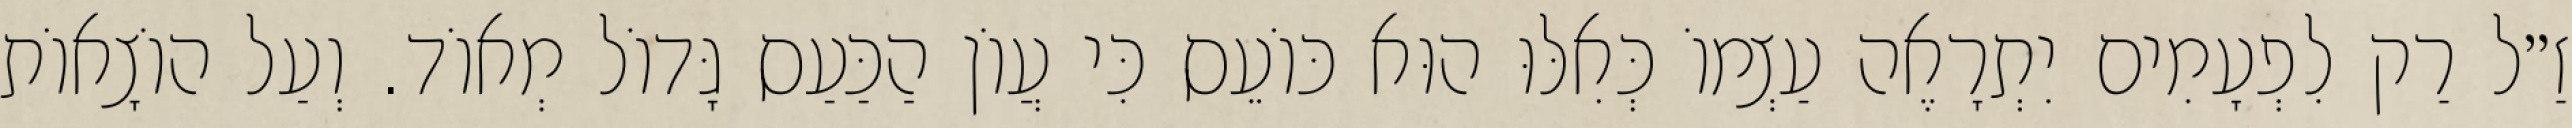
זַ״ל רַק לִפְעָמִים יִתְרָאֶה עַצְמוֹ כְּאִלּוּ הוּא כּוֹעֵס כִּי עֲוֹן הַכַּעַס גָּדוֹל מְאוֹד. וְעַל הוֹצָאוֹת